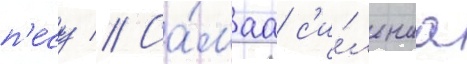
п'есу // Са́маа с'и́льнаа